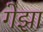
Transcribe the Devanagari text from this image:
गेझा